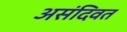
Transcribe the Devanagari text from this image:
असंदिवत